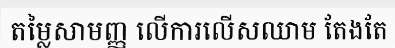
តម្លៃសាមញ្ញ លើការលើសឈាម តែងតែ